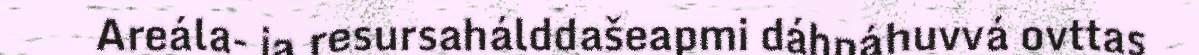
Areála- ja resursahálddašeapmi dáhpáhuvvá ovttas